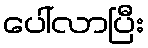
ပေါ်လာပြီး